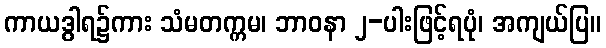
ကာယဒွါရ၌ကား သံမတက္ကမ၊ ဘာဝနာ ၂-ပါးဖြင့်ရပုံ၊ အကျယ်ပြ။